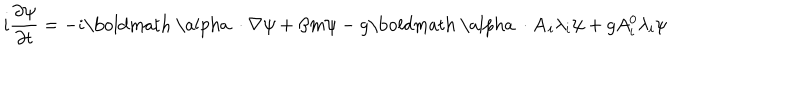
i \frac { \partial \psi } { \partial t } = - i \mathrm { \boldmath ~ \ a l p h a ~ } \cdot \nabla \psi + \beta m \psi - g \mathrm { \boldmath ~ \ a l p h a ~ } \cdot { \bf A } _ { i } \lambda _ { i } \psi + g A _ { i } ^ { 0 } \lambda _ { i } \psi